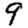
Digit: 9